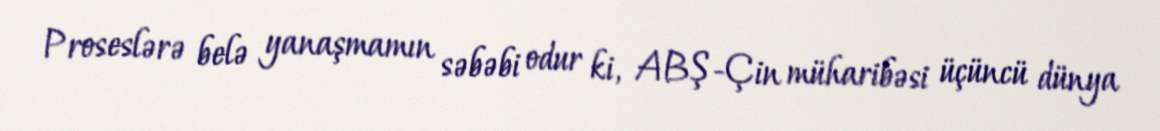
Proseslərə belə yanaşmamın səbəbi odur ki, ABŞ-Çin müharibəsi üçüncü dünya